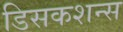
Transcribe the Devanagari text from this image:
डिसकशन्स